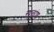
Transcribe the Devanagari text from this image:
स्थूलांश